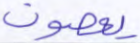
يعصون